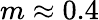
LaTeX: m\approx 0.4